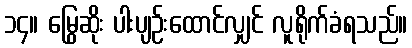
၁၄။ မြွေဆိုး ပါးပျဉ်းထောင်လျှင် လူရိုက်ခံရသည်။